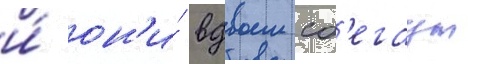
и́ он'и́ вдвоем сб'егаут